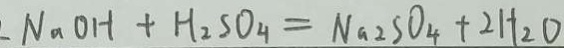
N _ { 2 } O H + H _ { 2 } S O _ { 4 } = N a _ { 2 } S O _ { 4 } + 2 H _ { 2 } O